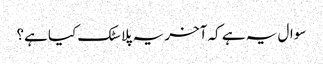
سوال یہ ہے کہ آخر یہ پلاسٹک کیا ہے؟